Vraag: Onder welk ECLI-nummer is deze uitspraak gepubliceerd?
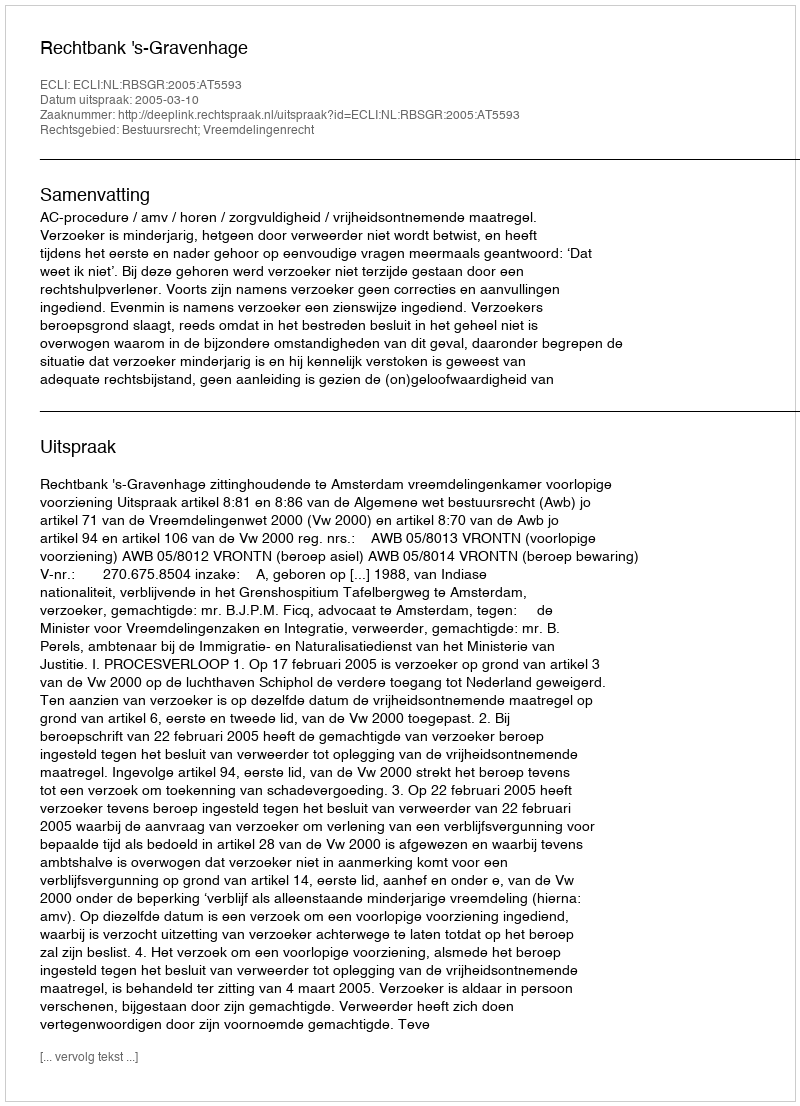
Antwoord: ECLI:NL:RBSGR:2005:AT5593